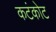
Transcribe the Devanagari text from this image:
कटंकोट